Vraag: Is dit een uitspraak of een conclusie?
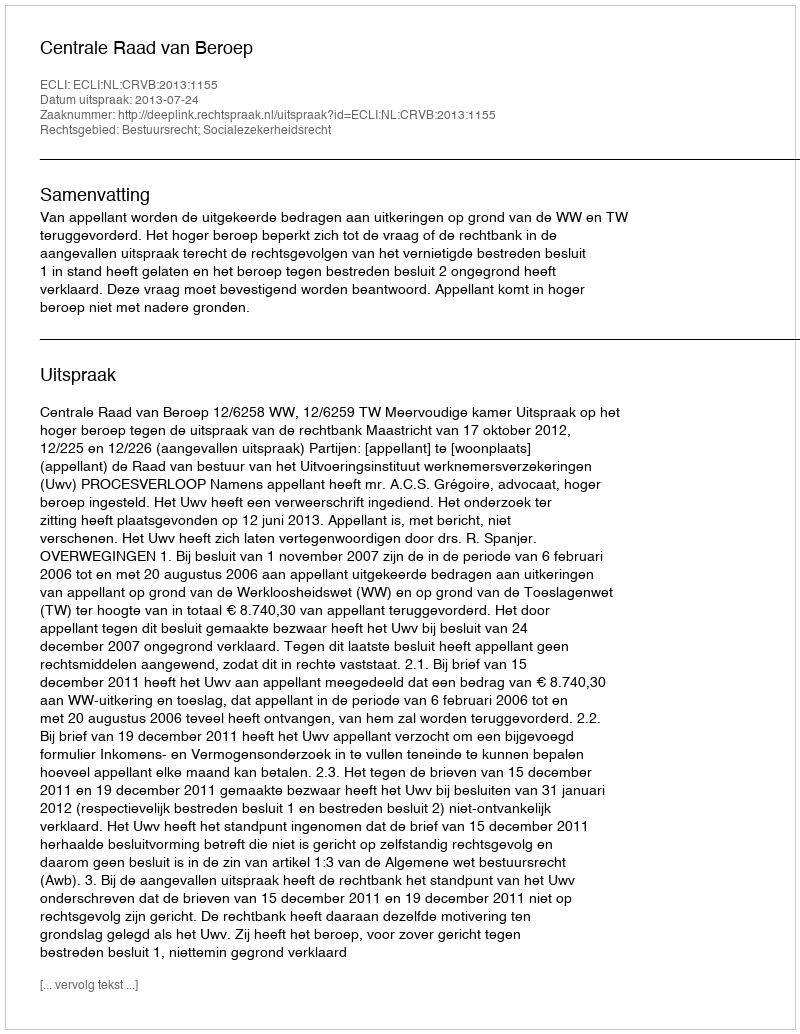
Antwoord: Uitspraak